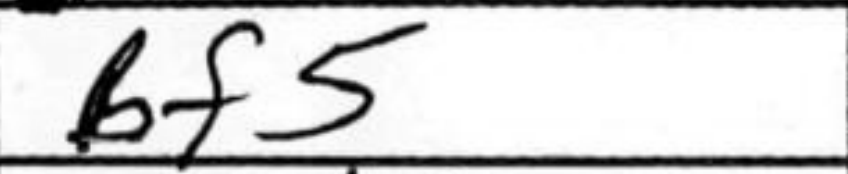
Transcription: Bf5